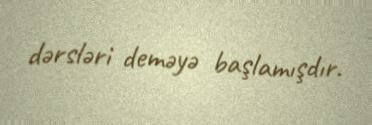
dərsləri deməyə başlamışdır.